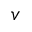
v